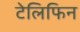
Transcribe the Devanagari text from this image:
टेलिफिन